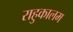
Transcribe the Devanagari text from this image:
राहुकालम